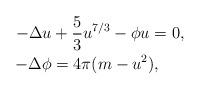
LaTeX: \begin{align*}- \Delta u &+ \frac{5}{3} u^{7/3} - \phi u = 0, \\- \Delta \phi &= 4\pi (m - u^{2}), \end{align*}